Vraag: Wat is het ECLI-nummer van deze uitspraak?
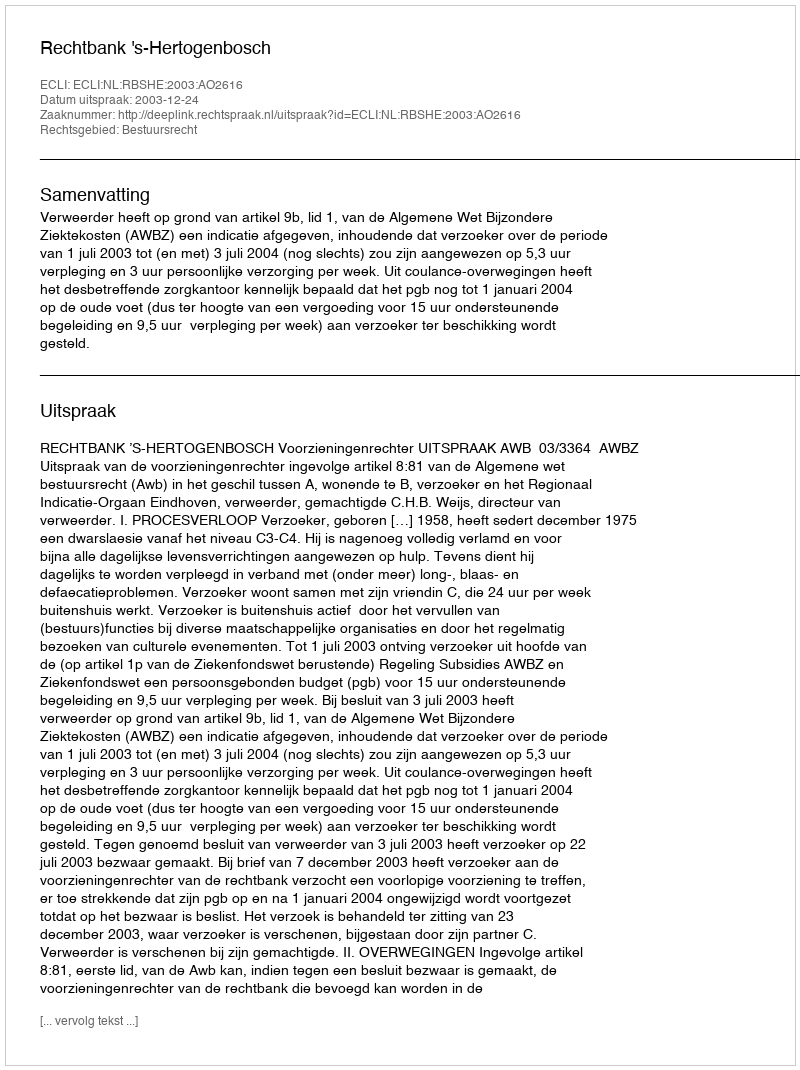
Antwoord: ECLI:NL:RBSHE:2003:AO2616